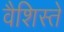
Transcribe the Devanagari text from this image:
वैशिस्ते